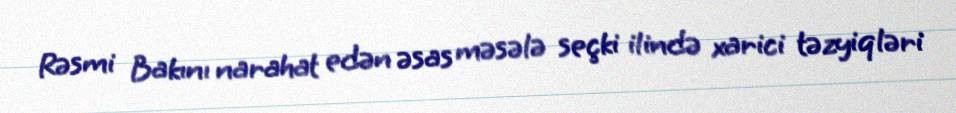
Rəsmi Bakını narahat edən əsas məsələ seçki ilində xarici təzyiqləri